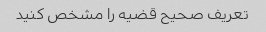
تعریف صحیح قضیه را مشخص کنید